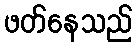
ဖတ်နေသည်